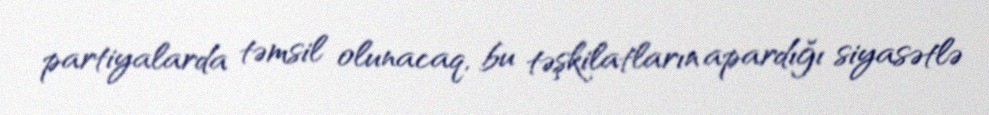
partiyalarda təmsil olunacaq, bu təşkilatların apardığı siyasətlə